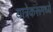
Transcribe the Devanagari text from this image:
यात्रेकरूंमध्ये